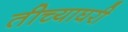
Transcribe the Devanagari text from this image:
तीच्याघरी